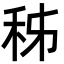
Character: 秭